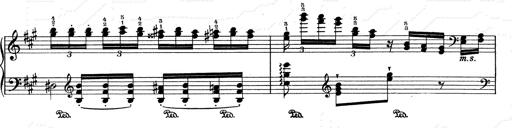
Title: RÃ©miniscences de Don Juan
Composer: Franz Liszt